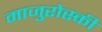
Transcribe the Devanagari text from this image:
माजुरोस्की